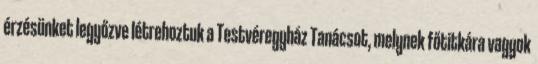
érzésünket legyőzve létrehoztuk a Testvéregyház Tanácsot, melynek főtitkára vagyok